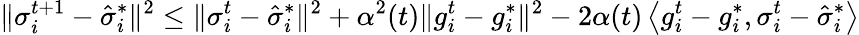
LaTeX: \lVert\sigma_{i}^{t+1}-\hat{\sigma}_{i}^{*}\rVert^{2}\leq\lVert\sigma_{i}^{t}-\hat{\sigma}_{i}^{*}\rVert^{2}+\alpha^{2}(t)\lVert g_{i}^{t}-g_{i}^{*}\rVert^{2}-2\alpha(t)\left<g_{i}^{t}-g_{i}^{*},\sigma_{i}^{t}-\hat{\sigma}_{i}^{*}\right>